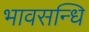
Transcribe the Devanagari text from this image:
भावसन्धि